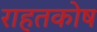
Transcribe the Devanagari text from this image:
राहतकोष